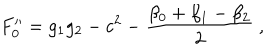
F _ { 0 } ^ { \prime \prime } = g _ { 1 } g _ { 2 } - c ^ { 2 } - \frac { \beta _ { 0 } + \beta _ { 1 } - \beta _ { 2 } } { 2 } ~ ,